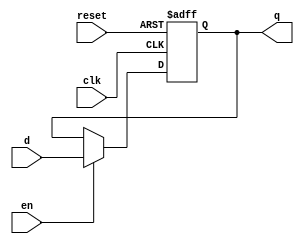
module register
# (
    parameter w = 1
) 
(
    input                clk,
    input                reset,
    input                en,
    input      [w - 1:0] d,
    output reg [w - 1:0] q
);

    always @ (posedge clk or posedge reset)
        if (reset)
            q <= { w { 1'b0 } };
        else if (en)
            q <= d;

endmodule